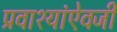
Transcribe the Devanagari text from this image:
प्रवाश्यांऐवजी